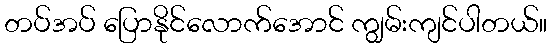
တပ်အပ် ပြောနိုင်လောက်အောင် ကျွမ်းကျင်ပါတယ်။